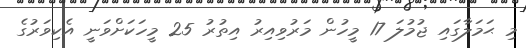
މި ޙަމަލާގައި ޖުމުލަ 17 މީހުން މަރުވިއިރު އިތުރު 25 މީހަކަށްވަނީ އެކިވަރުގެ